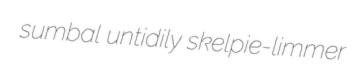
sumbal untidily skelpie-limmer